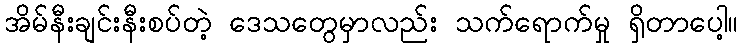
အိမ်နီးချင်းနီးစပ်တဲ့ ဒေသတွေမှာလည်း သက်ရောက်မှု ရှိတာပေါ့။